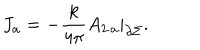
J _ { a } = - \frac { k } { 4 \pi } A _ { 2 \, a } | _ { \partial \Sigma } .